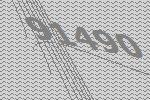
91490